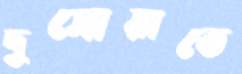
দুসোয়াতে